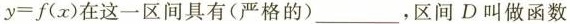
y=f(x)在这一区间具有(严格的)___，区间D叫做函数